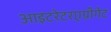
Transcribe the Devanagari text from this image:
आइटरेटरएग्रीगेट